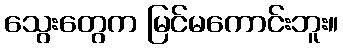
သွေးတွေက မြင်မကောင်းဘူး။